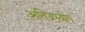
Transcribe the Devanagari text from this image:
अतिउपयोग